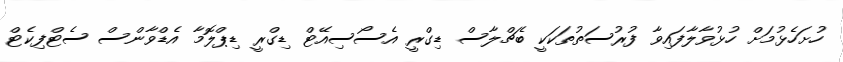
ހުށަހެޅުމަށް ހުޅުވާލާފައިވާ ފުރުސަތުތަކަކީ ބެޗްލާސް ޑިގްރީ އެސޯސިއޭޓް ޑިގްރީ ޑިޕްލޮމާ އެޑްވާންސް ސެޓްފިކެޓް